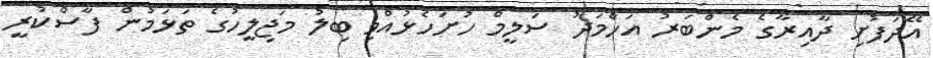
އޭދަފުށި ދާއިރާގެ މެންބަރު އަހްމަދު ސަލީމް ހުށަހެޅުއްވި ބިލު މަޖިލީހުގެ ތަޅަމުން ފާސްކުރީ